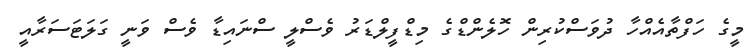
މީގެ ހަފްތާއެއްހާ ދުވަސްކުރިން ހޮލެންޑްގެ މިޑްފީލްޑަރު ވެސްލީ ސްނައިޑާ ވެސް ވަނީ ގަލަޓަސަރާއީ